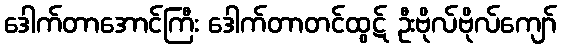
ဒေါက်တာအောင်ကြီး ဒေါက်တာတင်ထွဋ် ဦးဗိုလ်ဗိုလ်ကျော်